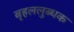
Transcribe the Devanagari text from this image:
बृहललुब्धक